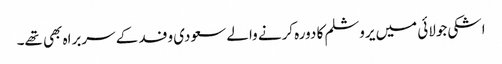
اشکی جولائی میں یروشلم کا دورہ کرنے والے سعودی وفد کے سربراہ بھی تھے۔